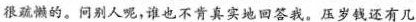
很疏懒的。问别人呢，谁也不肯真实地回答我。压岁钱还有几